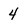
Character: 4